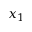
x _ { 1 }